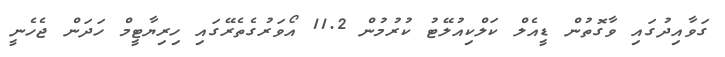
ގަވާއިދުގައި ވާގޮތުން ޑީއެލް ކަލްކިއުލޭޓު ކުރުމުން 11.2 އޯވަރުގެތެރޭގައި ހިރިޔާޓީމް ހަދަން ޖެހެނީ